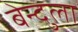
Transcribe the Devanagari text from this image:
बेन्दुला